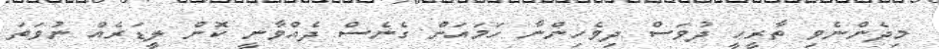
މިދެންނެވި ތާރީހީ ދުވަސް ދިވެހިންނާ ހަމައަށް ގެނެސް ދެއްވާނީ ކޮން ލީޑަރެއް ނުވަތަ